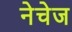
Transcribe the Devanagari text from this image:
नेचेज